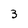
Character: 3